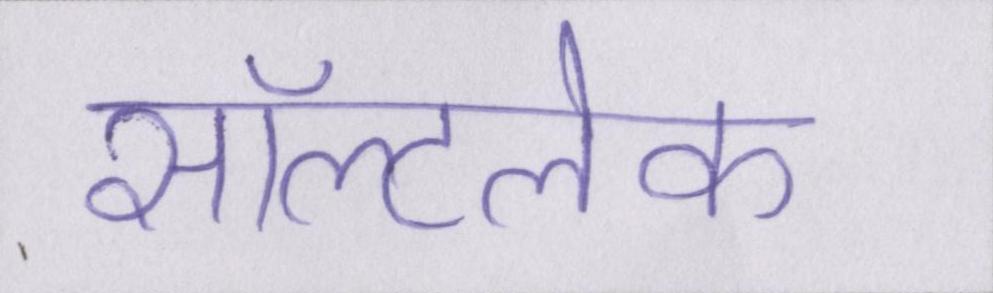
सॉल्टलेक